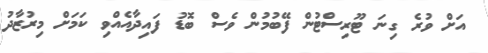
އަށް ވުރެ ގިނަ ޓޫރިސްޓުން ފޭބުމުން ވެސް ބޮޑު ފައިދާއެއްވި ކަމަށް މިރުޒާދު